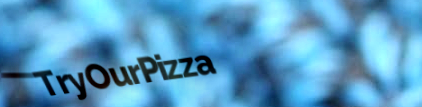
TryOurPizza